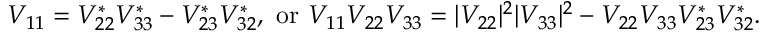
V _ { 1 1 } = V _ { 2 2 } ^ { * } V _ { 3 3 } ^ { * } - V _ { 2 3 } ^ { * } V _ { 3 2 } ^ { * } , \mathrm { ~ o r ~ } V _ { 1 1 } V _ { 2 2 } V _ { 3 3 } = | V _ { 2 2 } | ^ { 2 } | V _ { 3 3 } | ^ { 2 } - V _ { 2 2 } V _ { 3 3 } V _ { 2 3 } ^ { * } V _ { 3 2 } ^ { * } .